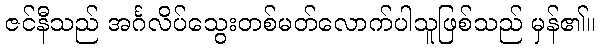
ဇင်နီသည် အင်္ဂလိပ်သွေးတစ်မတ်လောက်ပါသူဖြစ်သည် မှန်၏။